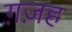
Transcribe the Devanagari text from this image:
ग़ज़ह